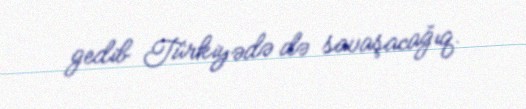
gedib Türkiyədə də savaşacağıq.